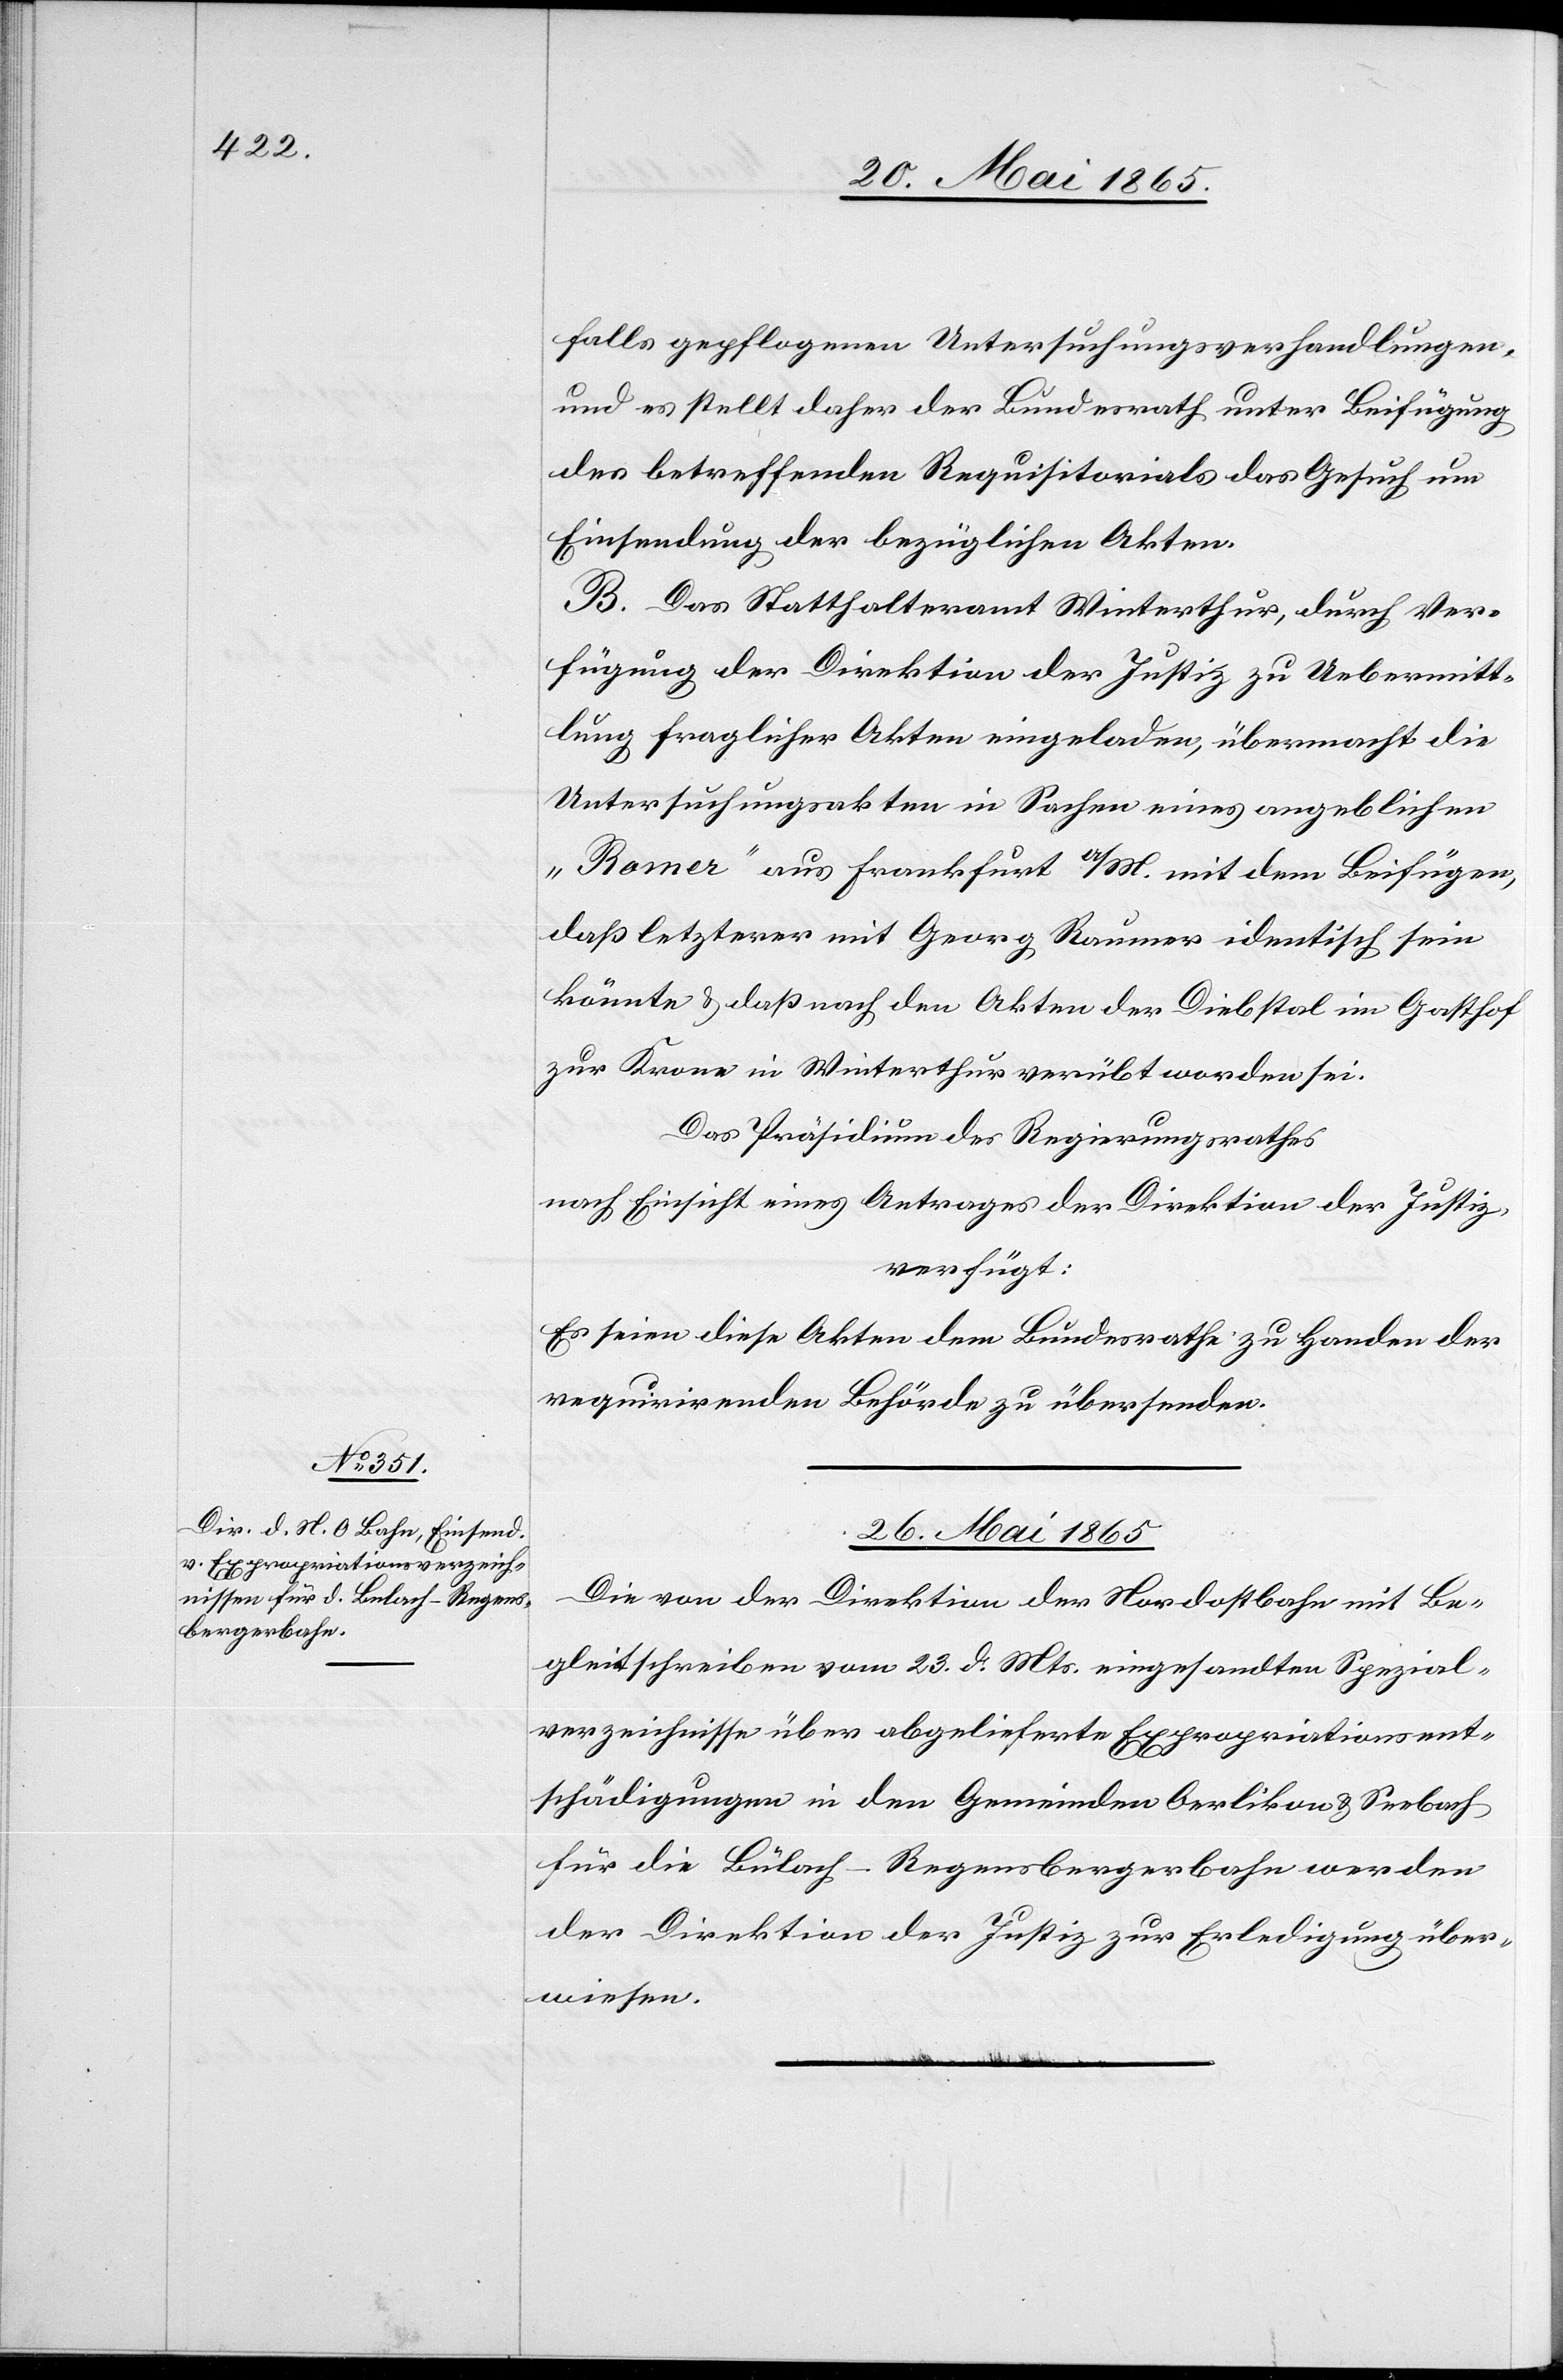
falls gepflogenen Untersuchungsverhandlungen,
und es stellt daher der Bundesrath unter Beifügung
des betreffenden Requisitorials das Gesuch um
Einsendung der bezüglichen Akten.
B. Das Statthalteramt Winterthur, durch Ver¬
fügung der Direktion der Justiz zu Uebermitt¬
lung fraglicher Akten eingeladen, übermacht die
Untersuchungsakten in Sachen eines angeblichen
„Romer“ aus Frankfurt a/M. mit dem Beifügen,
daß letzterer mit Georg Raumer identisch sein
könnte & daß nach den Akten der Diebstal im Gasthof
zur Krone in Winterthur verübt worden sei.
Das Präsidium des Regierungsrathes
nach Einsicht eines Antrages der Direktion der Justiz,
verfügt:
Es seien diese Akten dem Bundesrathe zu Handen der
requirirenden Behörde zu übersenden.
26. Mai 1865.
Die von der Direktion der Nordostbahn mit Be¬
gleitschreiben vom 23. d. Mts. eingesandten Spezial¬
verzeichnisse über abgelieferte Expropriationsent¬
schädigungen in den Gemeinden Oerlikon & Seebach
für die Bülach-Regensbergerbahn werden
der Direktion der Justiz zur Erledigung über¬
wiesen.